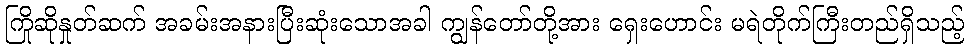
ကြိုဆိုနှုတ်ဆက် အခမ်းအနားပြီးဆုံးသောအခါ ကျွန်တော်တို့အား ရှေးဟောင်း မရဲတိုက်ကြီးတည်ရှိသည့်